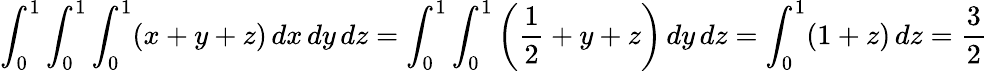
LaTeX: \int_{0}^{1}\int_{0}^{1}\int_{0}^{1}(x+y+z)\, dx\, dy\, dz=\int_{0}^{1}\int_{0}^{1}\left({\frac{1}{2}}+y+z\right)\, dy\, dz=\int_{0}^{1}(1+z)\, dz={\frac{3}{2}}